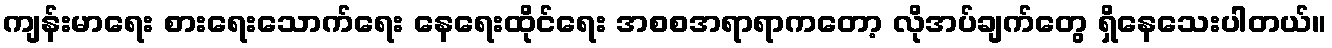
ကျန်းမာရေး စားရေးသောက်ရေး နေရေးထိုင်ရေး အစစအရာရာကတော့ လိုအပ်ချက်တွေ ရှိနေသေးပါတယ်။